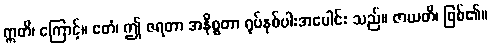
ဣတိ၊ ကြောင့်။ ဧတံ၊ ဤ ဇရတာ အနိစ္စတာ ရုပ်နှစ်ပါးအပေါင်း သည်။ ဇာယတိ၊ ဖြစ်၏။